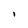
Character: I